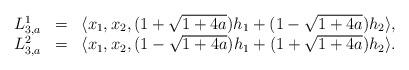
LaTeX: \begin{align*}\begin{array}{llllll}L_{3, a}^{1} &=& \langle x_1, x_2, (1 + \sqrt{1+4a} ) h_1+ (1 - \sqrt{1+4a} ) h_2 \rangle, \\L_{3, a}^{2} &=& \langle x_1, x_2, (1 - \sqrt{1+4a} ) h_1+(1 + \sqrt{1+4a} ) h_2 \rangle.\end{array}\end{align*}